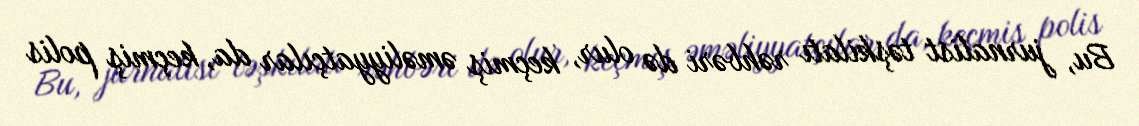
Bu, jurnalist təşkilatı rəhbəri də olur, keçmiş əməliyyatçılar da, keçmiş polis